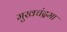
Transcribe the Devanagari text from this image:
मुखचंद्रमा